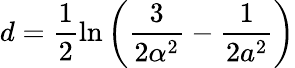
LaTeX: d=\frac{1}{2}\ln{\left(\frac{3}{2\alpha^{2}}-\frac{1}{2a^{2}}\right)}